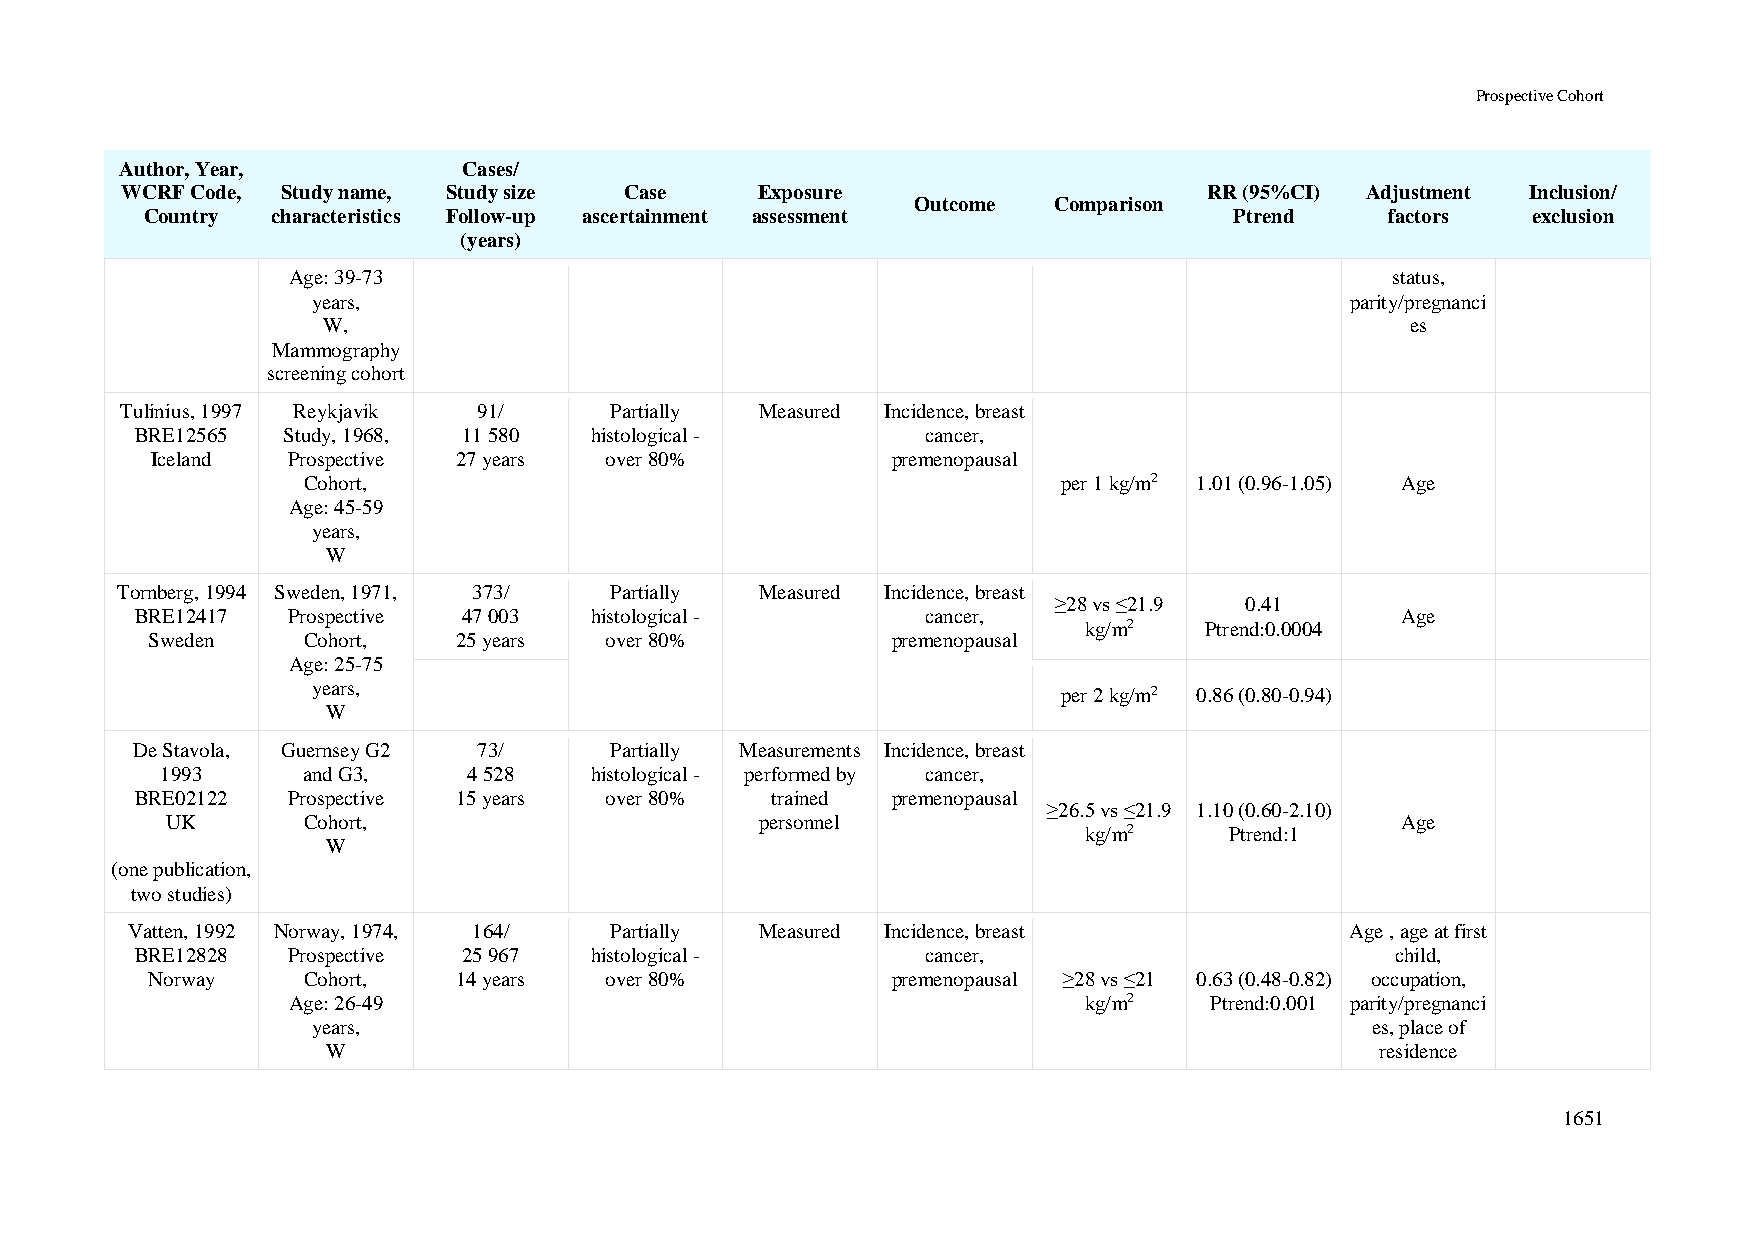
Prospective Cohort
 Author, Year,          Cases/
 WCRF Code, Study name, Study size Case    Exposure                      RR (95%CI) Adjustment Inclusion/
 Outcome  Comparison
 Country characteristics Follow-up ascertainment assessment              Ptrend    factors  exclusion
 (years)
 Age: 39-73                                                               status,
 years,                                                              parity/pregnanci
 W,                                                                      es
 Mammography
 screening cohort
 Tulinius, 1997 Reykjavik 91/    Partially Measured Incidence, breast
 BRE12565  Study, 1968, 11 580 histological -        cancer,
 Iceland  Prospective 27 years over 80%           premenopausal
 Cohort,                                           per 1 kg/m2 1.01 (0.96-1.05) Age
 Age: 45-59
 years,
 W
 Tornberg, 1994 Sweden, 1971, 373/ Partially Measured Incidence, breast
 ≥28 vs ≤21.9 0.41
 BRE12417  Prospective 47 003  histological -        cancer,                         Age
 kg/m2   Ptrend:0.0004
 Sweden    Cohort,   25 years  over 80%           premenopausal
 Age: 25-75
 years,                                           per 2 kg/m2 0.86 (0.80-0.94)
 W
 De Stavola, Guernsey G2 73/    Partially Measurements Incidence, breast
 1993     and G3,    4 528   histological - performed by cancer,
 BRE02122  Prospective 15 years over 80%   trained premenopausal
 ≥26.5 vs ≤21.9 1.10 (0.60-2.10)
 UK       Cohort,                       personnel                                  Age
 kg/m2    Ptrend:1
 W
 (one publication,
 two studies)
 Vatten, 1992 Norway, 1974, 164/ Partially Measured Incidence, breast             Age , age at first
 BRE12828  Prospective 25 967  histological -        cancer,                        child,
 Norway    Cohort,   14 years  over 80%           premenopausal ≥28 vs ≤21 0.63 (0.48-0.82) occupation,
 Age: 26-49                                           kg/m2   Ptrend:0.001 parity/pregnanci
 years,                                                                es, place of
 W                                                                    residence
 1651